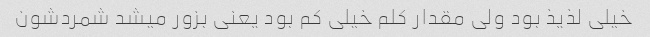
خیلی لذیذ بود ولی مقدار کلم خیلی کم بود یعنی بزور میشد شمردشون